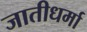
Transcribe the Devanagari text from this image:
जातीधर्मा